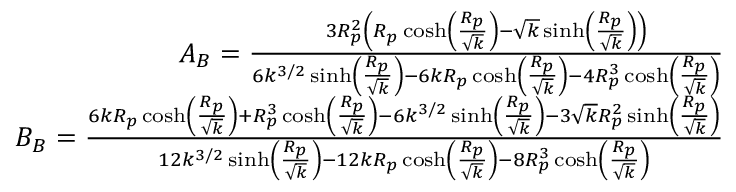
\begin{array} { r } { A _ { B } = \frac { 3 R _ { p } ^ { 2 } \left( R _ { p } \cosh \left( \frac { R _ { p } } { \sqrt { k } } \right) - \sqrt { k } \sinh \left( \frac { R _ { p } } { \sqrt { k } } \right) \right) } { 6 k ^ { 3 / 2 } \sinh \left( \frac { R _ { p } } { \sqrt { k } } \right) - 6 k R _ { p } \cosh \left( \frac { R _ { p } } { \sqrt { k } } \right) - 4 R _ { p } ^ { 3 } \cosh \left( \frac { R _ { p } } { \sqrt { k } } \right) } } \\ { B _ { B } = \frac { 6 k R _ { p } \cosh \left( \frac { R _ { p } } { \sqrt { k } } \right) + R _ { p } ^ { 3 } \cosh \left( \frac { R _ { p } } { \sqrt { k } } \right) - 6 k ^ { 3 / 2 } \sinh \left( \frac { R _ { p } } { \sqrt { k } } \right) - 3 \sqrt { k } R _ { p } ^ { 2 } \sinh \left( \frac { R _ { p } } { \sqrt { k } } \right) } { 1 2 k ^ { 3 / 2 } \sinh \left( \frac { R _ { p } } { \sqrt { k } } \right) - 1 2 k R _ { p } \cosh \left( \frac { R _ { p } } { \sqrt { k } } \right) - 8 R _ { p } ^ { 3 } \cosh \left( \frac { R _ { p } } { \sqrt { k } } \right) } } \end{array}